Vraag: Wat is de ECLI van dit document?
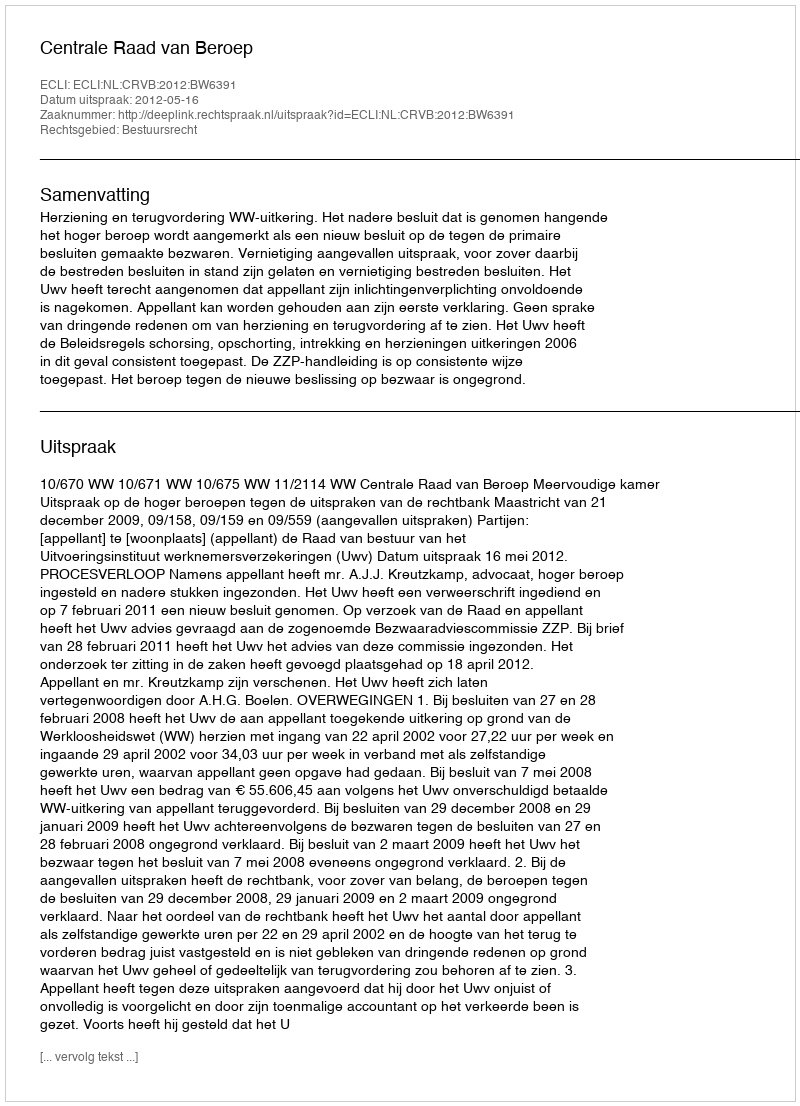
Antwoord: ECLI:NL:CRVB:2012:BW6391